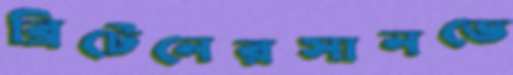
ব্রিটেনেরসানডে